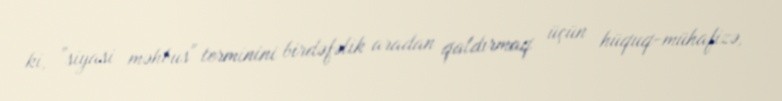
ki, ”siyasi məhbus" terminini birdəfəlik aradan qaldırmaq üçün hüquq-mühafizə,